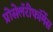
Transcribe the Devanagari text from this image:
प्रोसेलॅरीफॉर्मेस